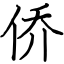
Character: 侨